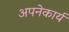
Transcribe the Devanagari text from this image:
अपनेकार्य